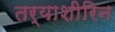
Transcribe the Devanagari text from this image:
तर्याशीरिन